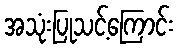
အသုံးပြုသင့်ကြောင်း